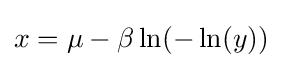
x=\mu -\beta \ln(-\ln(y))